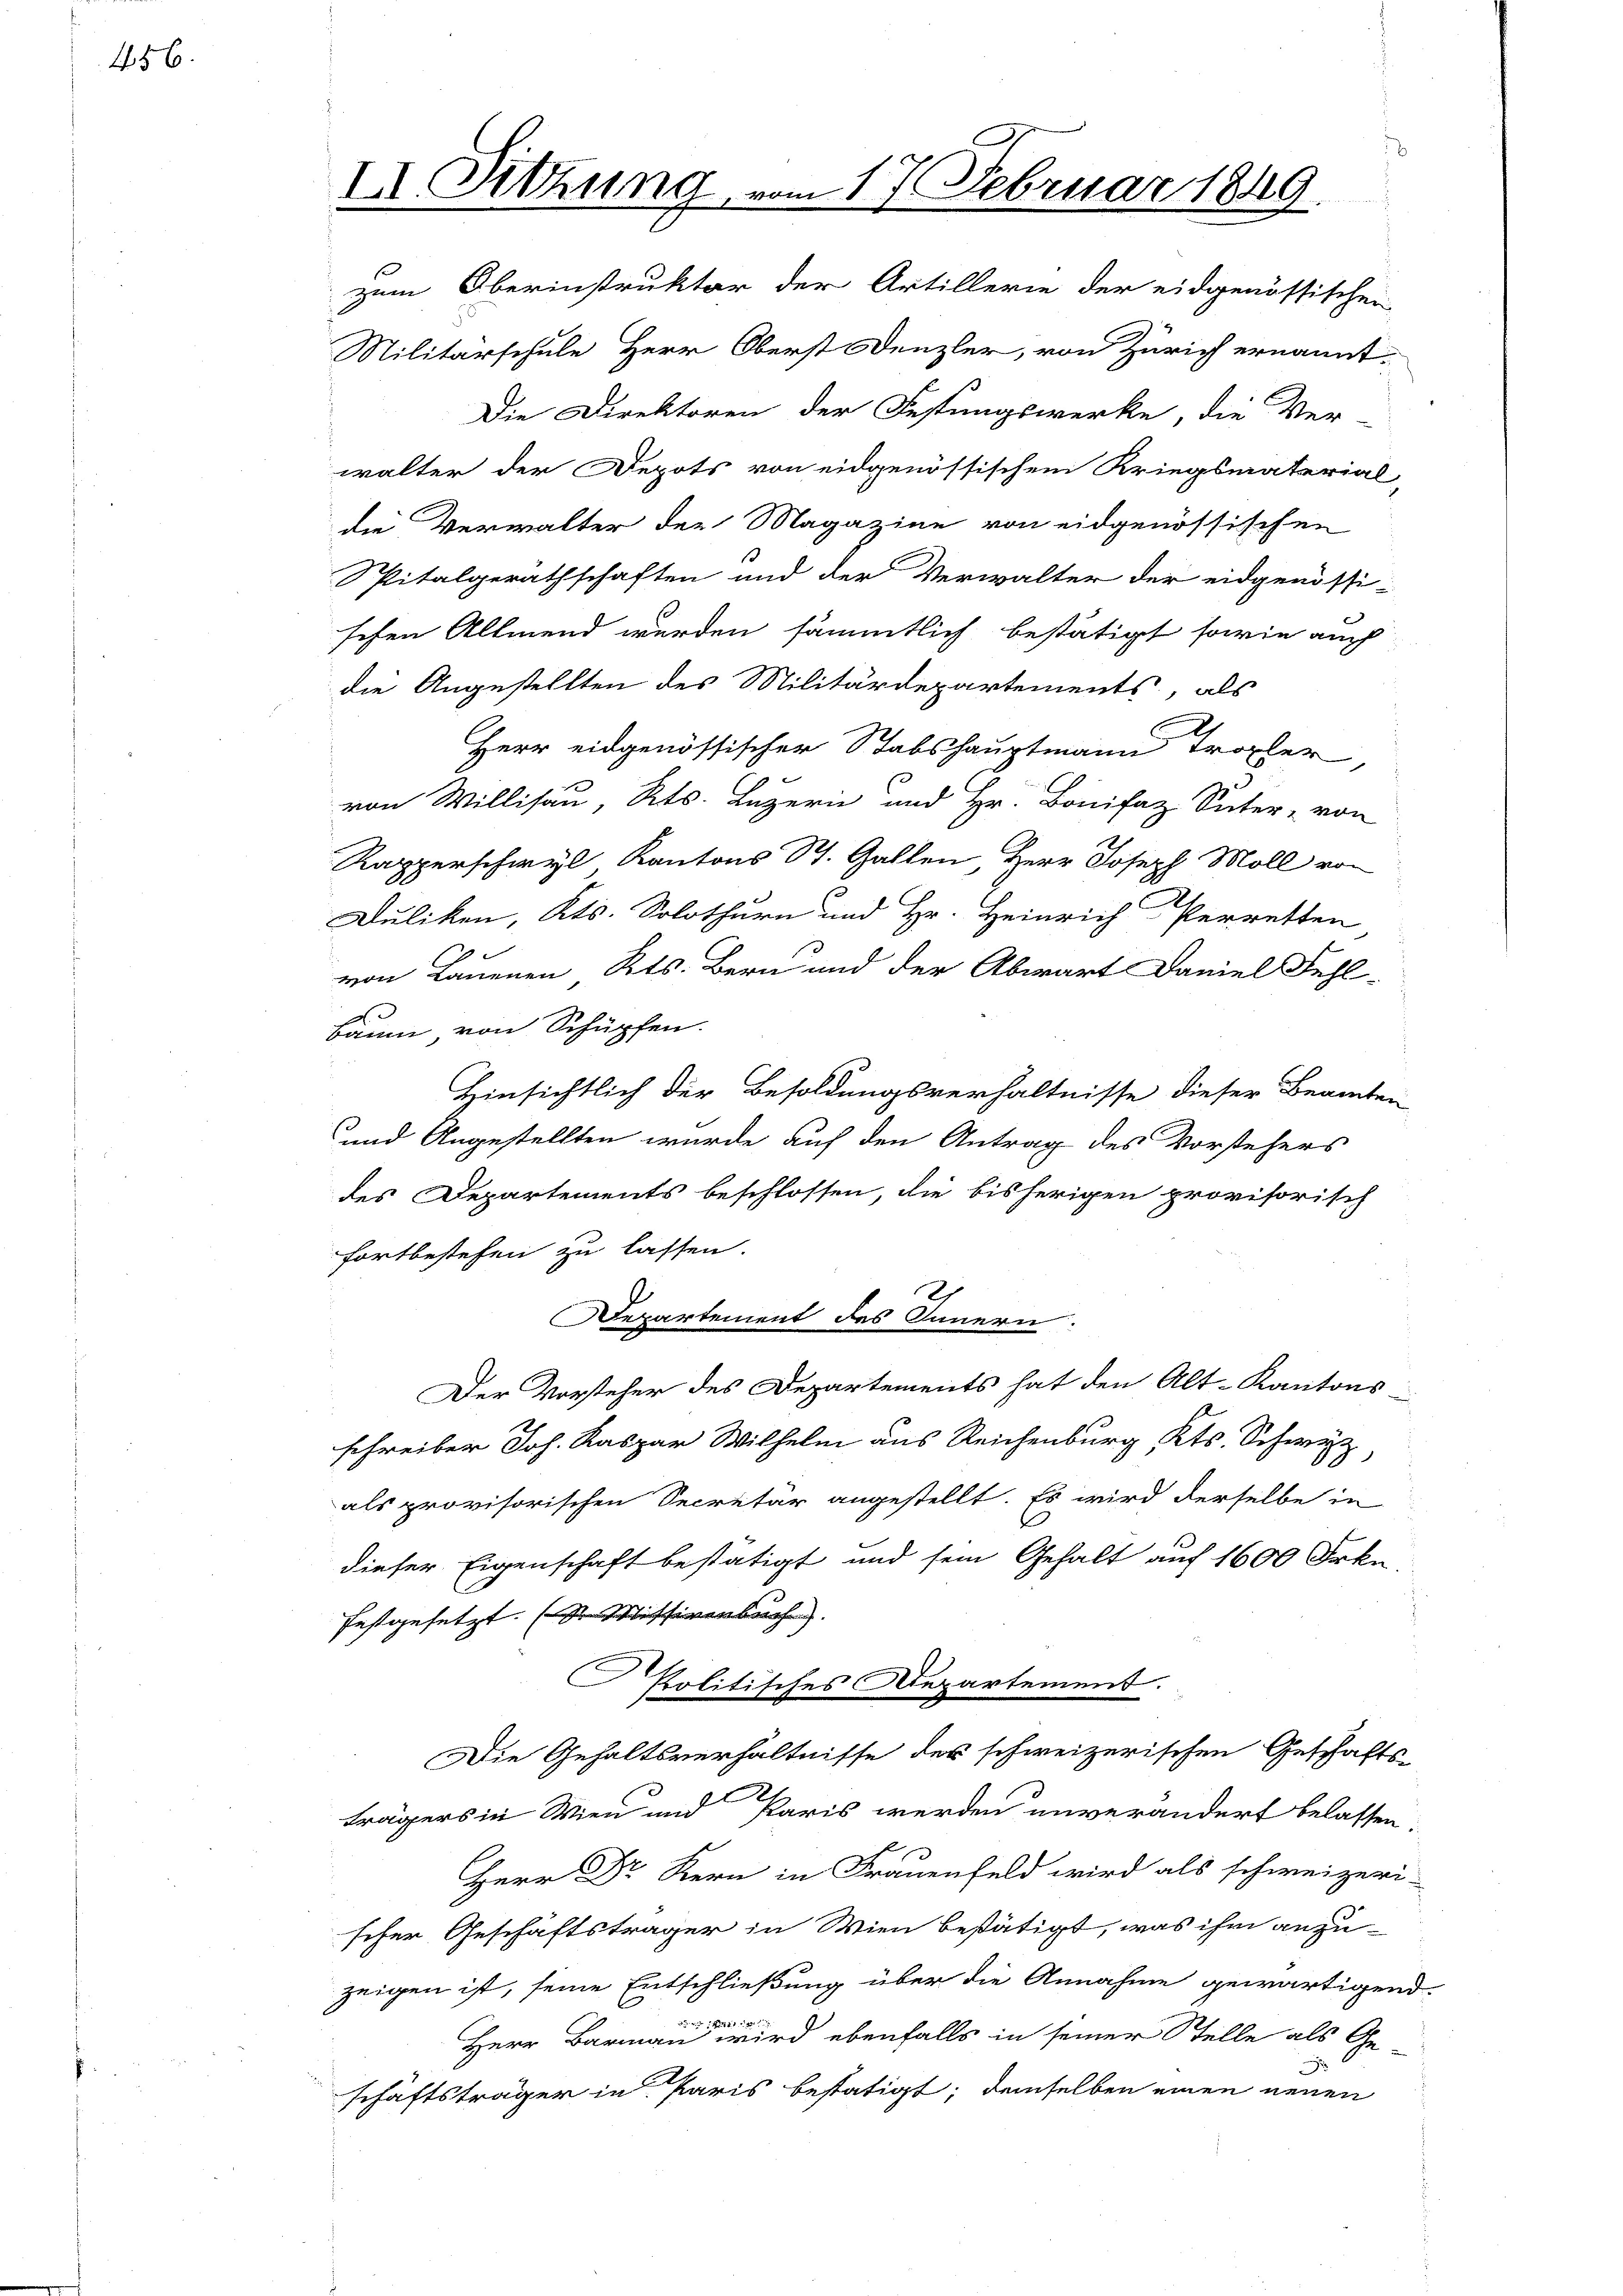
456.

II. Sitzung vom 17. Februar 1849.

zum Oberinstruktor der Artillerie der eidgenössischen
Militärschule Herr Oberst Denzler, von Zürich ernannt.
Die Direktoren der Festungswerke, die Ver-
walter der Depots von eidgenössischem Kriegsmaterial-
die Verwalter der Magazine von eidgenössischen
Spitalgerathschaften und der Verwalter der eidgenössi-
schen Allmend wurden sämmtlich bestätigt, sowie auch
die Angestellten des Militärdepartements, als
Herr eidgenössischer Stabshauptmann Tropfer
von Willisau, Kts. Luzern und Hr. Bonifaz Suter, von
Rapperschwyl Kantons St. Gallen, Herr Joseph Moll von
Duliken, Kts. Solothurn und Hr. Heinrich Perretten
von Lauenen Kts. Bern und der Abwart Daniel Fehl-
Baum, von Schüpfen.
Hinsichtlich der Besoldungsverhältnisse dieser Beamten
und Angestellten wurde auf den Antrag des Vorstehers
des Departements beschlossen, die bisherigen provisorisch
fortbestehen zu lassen.
2
Departement des Innern
Der Vorsteher des Departements hat den Alt-Kantons
schreiber Joh. Kaspar Wie aus Recht. Sch
als provisorischen Secretär angestellt. Es wird derselbe in
dieser Eigenschaft bestätigt und sein Gehalt auf 1600 Frkn
festgesetzt. (l. Missivenbuch.
.
Prolitisches Repartement.
Die Gehaltsverhältnisse des schweizerischen Geschäfts-
trägers in Wien und Paris werden unverändert belassen.
Herr Dr Kern in Frauenfeld wird als schweizeri-
scher Geschäftsträger in Wien bestätigt, was ihm anzu-
zeigen ist, seine Entschließung über die Annahme gewärtigend.
1218. d. 1792.
.
Herr Barmau wird ebenfalls in seiner Stelle als Ge-
e
schäftsträger in Paris bestätigt; demselben einen neuen